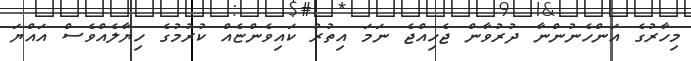
މިހާރުގެ އަންހެނުންނާ ދުރުވާން ޖެހިއްޖެ ނަމަ އިތުރު ކައިވެންޏެއް ކުރުމުގެ ހިޔާލެއްވެސް އައްޔަ